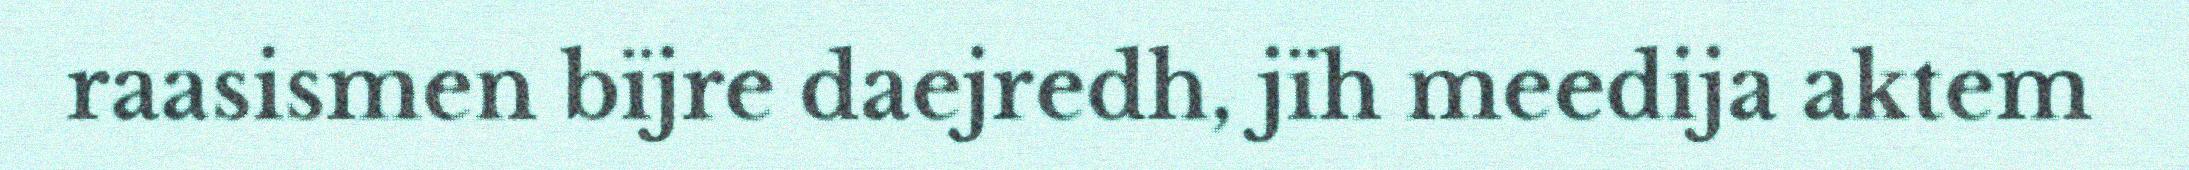
raasismen bïjre daejredh, jïh meedija aktem